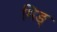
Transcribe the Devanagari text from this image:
मिङ्